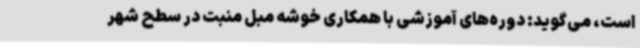
است، می‌گوید: دوره‌های آموزشی با همکاری خوشه مبل منبت در سطح شهر